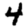
Digit: 4